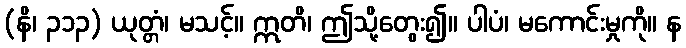
(နိ၊ ၃၁၃) ယုတ္တံ၊ မသင့်။ ဣတိ၊ ဤသို့တွေး၍။ ပါပံ၊ မကောင်းမှုကို။ န